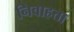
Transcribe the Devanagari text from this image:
निवाहता